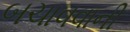
બચાવવાની